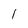
Character: 1